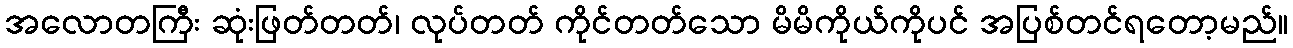
အလောတကြီး ဆုံးဖြတ်တတ်၊ လုပ်တတ် ကိုင်တတ်သော မိမိကိုယ်ကိုပင် အပြစ်တင်ရတော့မည်။